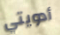
أدويتي